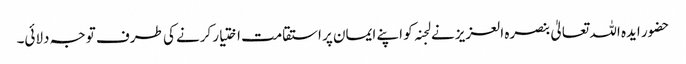
حضور ایدہ اللہ تعالیٰ بنصرہ العزیز نے لجنہ کو اپنے ایمان پر استقامت اختیار کرنے کی طرف توجہ دلائی۔